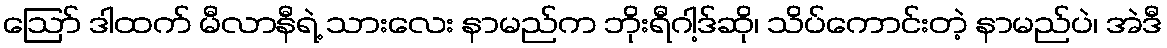
ဪ ဒါထက် မီလာနီရဲ့ သားလေး နာမည်က ဘိုးရီဂါ့ဒ်ဆို၊ သိပ်ကောင်းတဲ့ နာမည်ပဲ၊ အဲဒီ